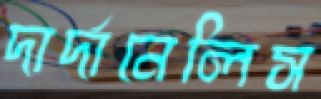
দার্দানেলিস